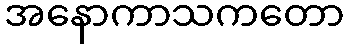
အနောကာသကတော